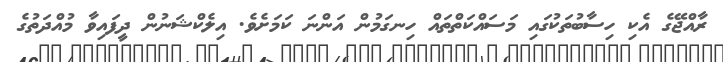
ރާއްޖޭގެ އެކި ހިސާބުތަކުގައި މަސައްކަތްތައް ހިނގަމުން އަންނަ ކަމަށެވެ. އިލެކްޝަނުން ދީފައިވާ މުއްދަތުގެ